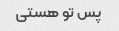
پس تو هستی